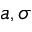
a , \sigma